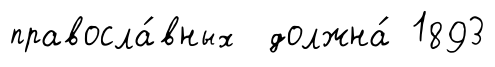
правосла́вных должна́ 1893